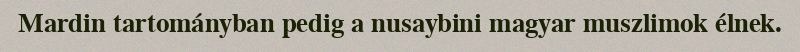
Mardin tartományban pedig a nusaybini magyar muszlimok élnek.